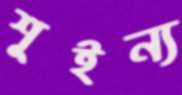
শূইন্য